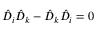
{ \hat { D } } _ { i } { \hat { D } } _ { k } - { \hat { D } } _ { k } { \hat { D } } _ { i } = 0